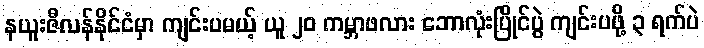
နယူးဇီလန်နိုင်ငံမှာ ကျင်းပမယ့် ယူ ၂၀ ကမ္ဘာဖလား ဘောလုံးပြိုင်ပွဲ ကျင်းပဖို့ ၃ ရက်ပဲ